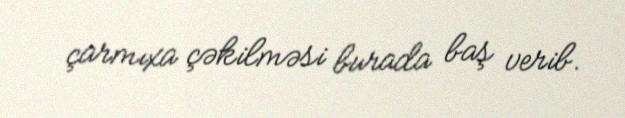
çarmıxa çəkilməsi burada baş verib.